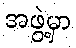
အဖွဲ့မှာ